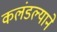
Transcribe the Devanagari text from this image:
कलंडल्याने